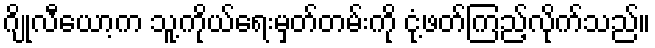
ဂျိုလီယော့က သူ့ကိုယ်ရေးမှတ်တမ်းကို ငုံ့ဖတ်ကြည့်လိုက်သည်။